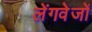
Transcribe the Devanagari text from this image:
लेंगवेजों